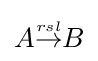
{\textstyle A{\stackrel {\scriptscriptstyle rsl}{\rightarrow }}B}